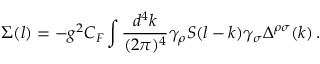
\Sigma ( l ) = - g ^ { 2 } C _ { F } \int \frac { d ^ { 4 } k } { ( 2 \pi ) ^ { 4 } } \gamma _ { \rho } S ( l - k ) \gamma _ { \sigma } \Delta ^ { \rho \sigma } ( k ) \, .